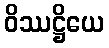
ဝိဿဋ္ဌိယေ